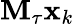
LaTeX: \mathbf{M}_{\tau}\mathbf{x}_{k}